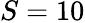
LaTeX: S=10